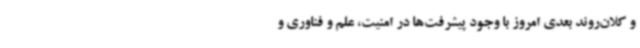
و کلان‌روند بعدی امروز با وجود پیشرفت‌ها در امنیت، علم و فناوری و